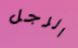
الرجل